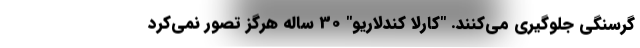
گرسنگی جلوگیری می‌کنند. "کارلا کندلاریو" 30 ساله هرگز تصور نمی‌کرد